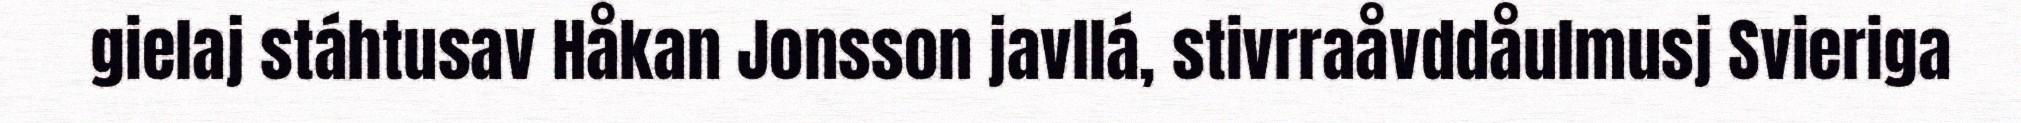
gielaj stáhtusav Håkan Jonsson javllá, stivrraåvddåulmusj Svieriga